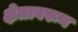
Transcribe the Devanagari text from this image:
क्षेत्रावरून